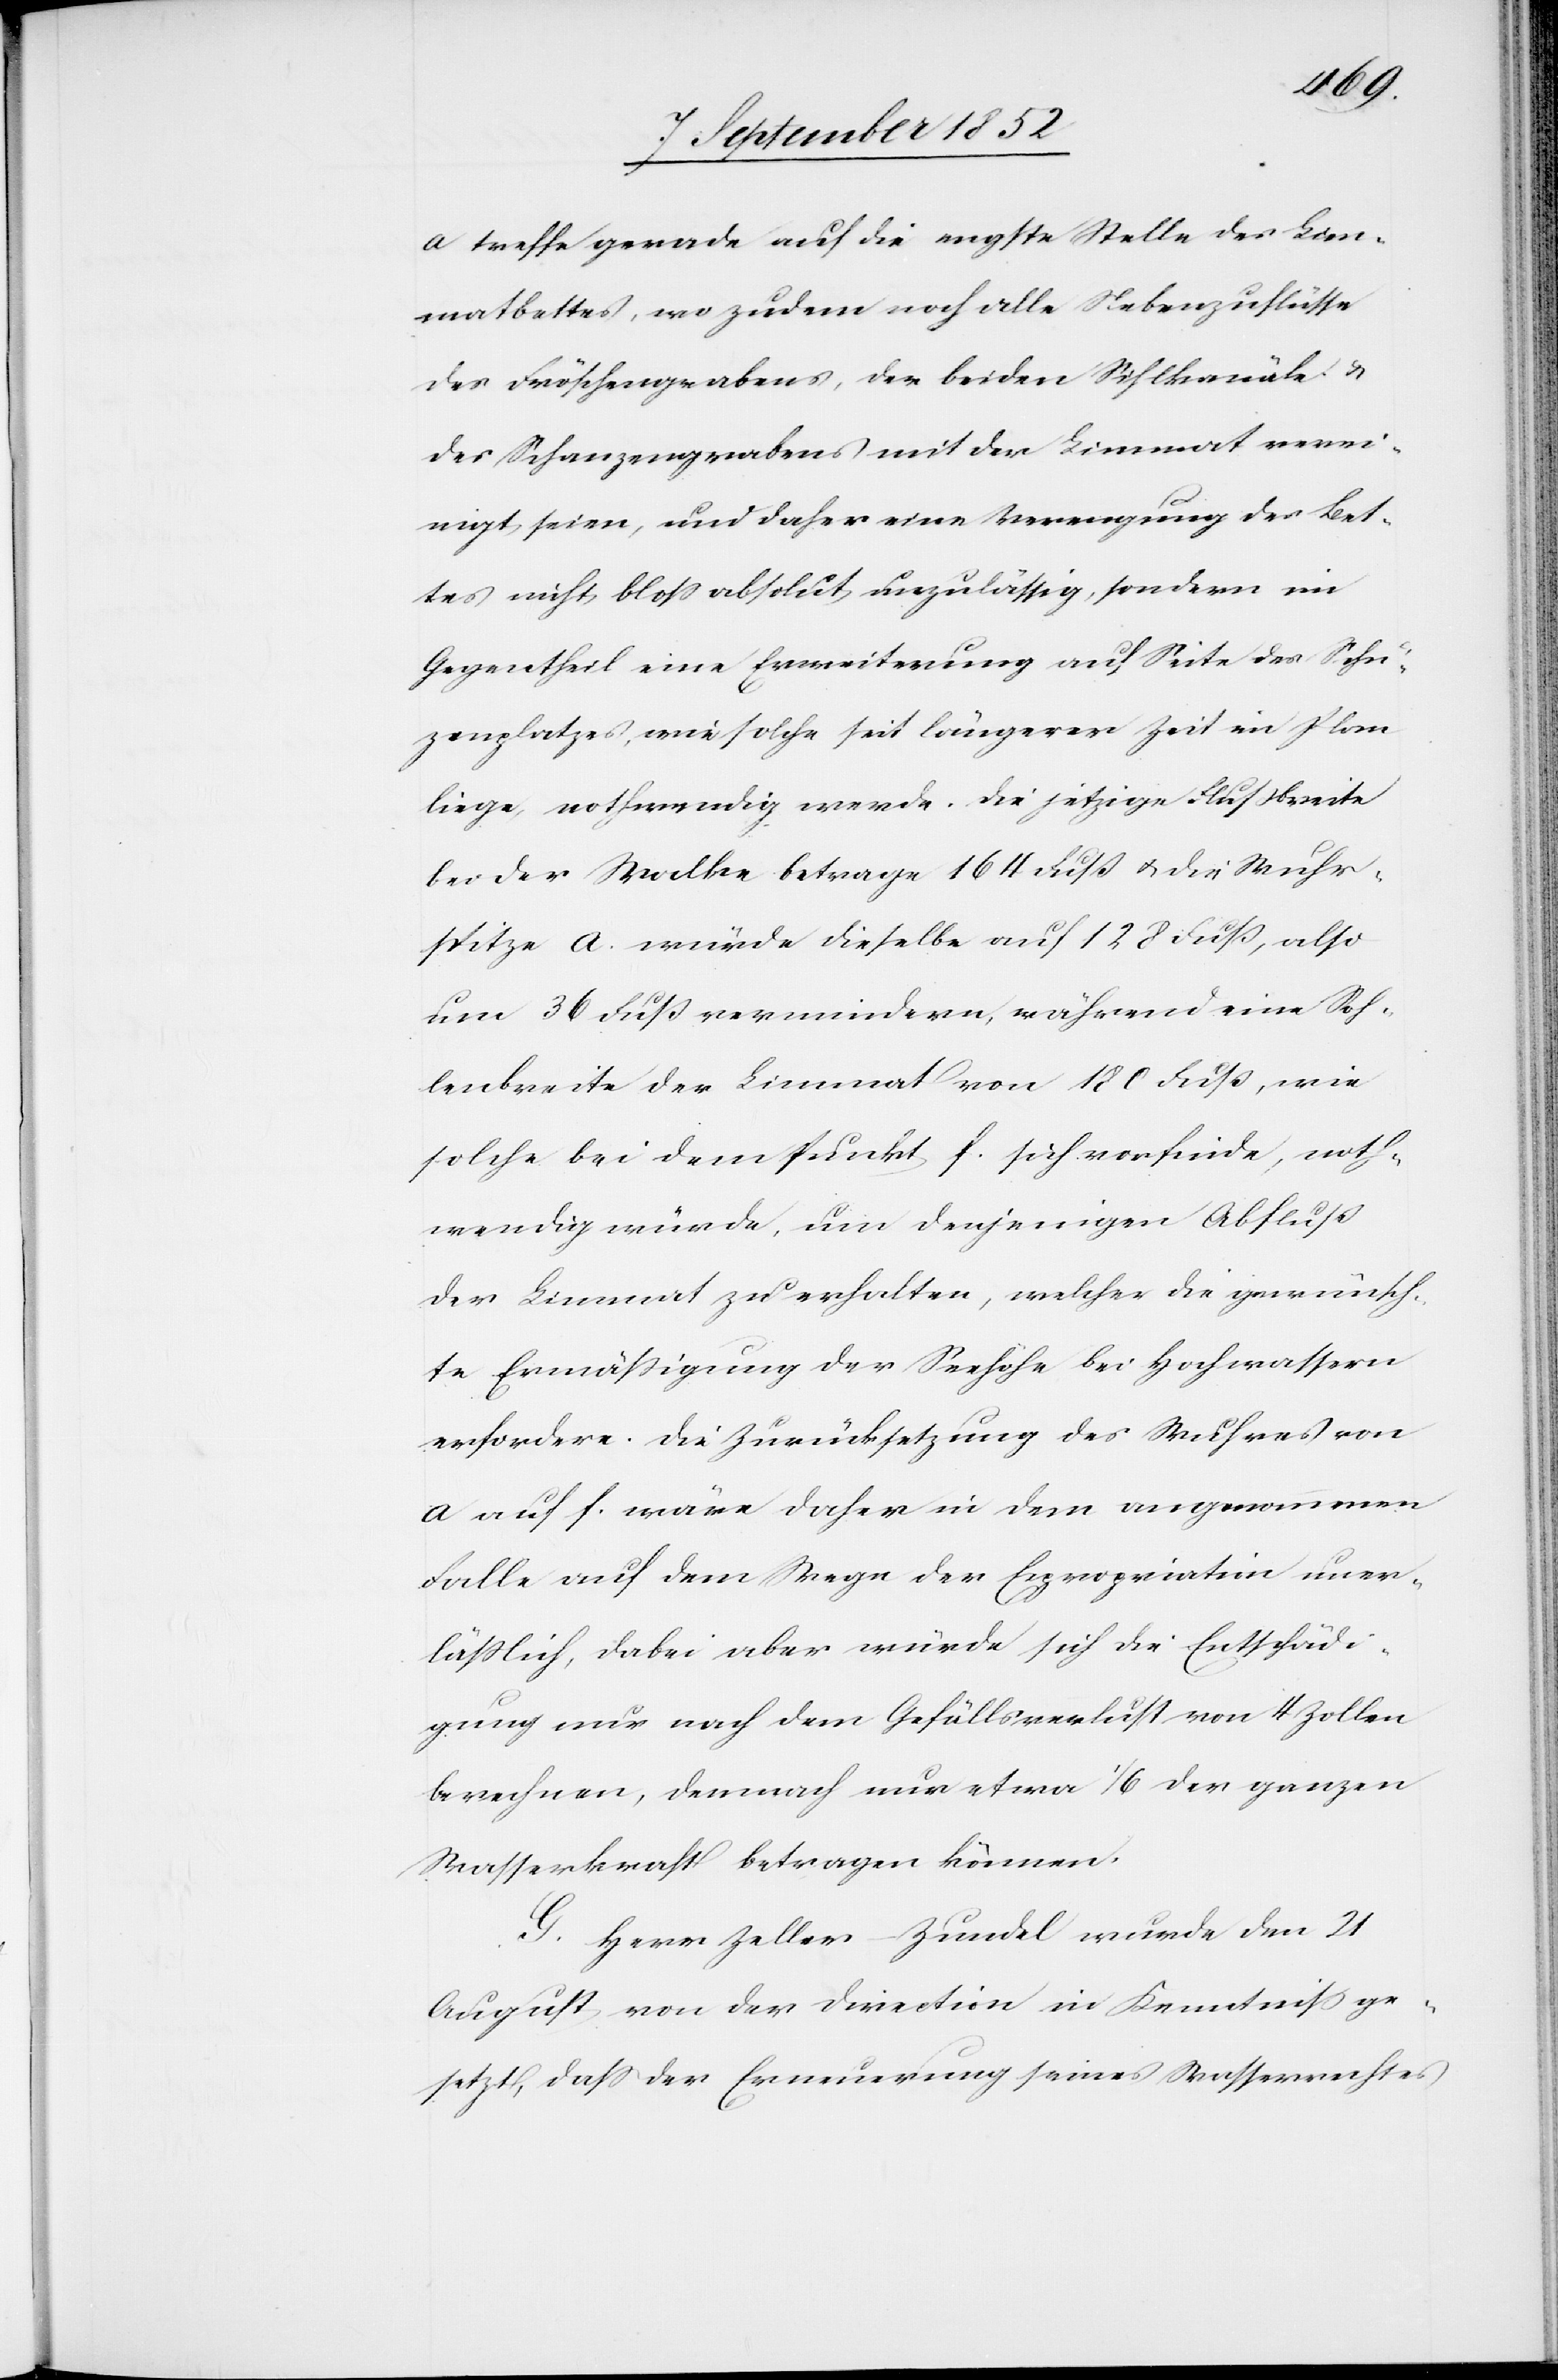
ü[t]z¬
a treffe gerade auf die engste Stelle des Lim¬
matbettes, wo zudem noch alle Nebenzuflüsse
des Fröschengrabens, der beiden Sihlkanäle &
des Schanzengrabens mit der Limmat verei¬
nigt seien, und daher eine Verengung des Bet¬
tes nicht bloss absolut unzulässig, sondern im
Gegentheil eine Erweiterung auf Seite des Sch¬
enplatzes, wie solche seit längerer Zeit im Plan
liege, nothwendig werde. Die jetzige Flussbreite
bei der Walke betrage 164 Fuß & die Wuhr¬
spitze a. würde dieselbe auf 128 Fuß, also
um 36 Fuß vermindern, während eine Soh¬
lenbreite der Limmat von 180 Fuß, wie
solche bei dem Punkt f. sich vorfinde, noth¬
wendig würde, um denjenigen Abfluß
der Limmat zu erhalten, welcher die gewünsch¬
te Ermäßigung der Seehöhe bei Hochwassern
erfordere. Die Zurücksetzung des Wuhres von
a auf f. wäre daher in dem angenommenen
Falle auf dem Wege der Expropriation uner¬
läßlich, dabei aber würde sich die Entschädi¬
gung nur nach dem Gefällsverlust von 4 Zollen
berechnen, demnach nur etwa 1/6 der ganzen
Wasserkraft betragen können.
G. Herr Zeller-Zundel wurde den 21
August von der Direction in Kenntniss ge¬
setzt, dass der Erneuerung seines Wasserrechtes